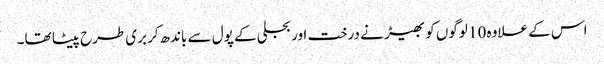
اس کے علاوہ 10 لوگوں کو بھیڑ نے درخت اور بجلی کے پول سے باندھ‌کر بری طرح پیٹا تھا۔